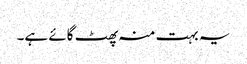
یہ بہت منہ پھٹ گائے ہے۔